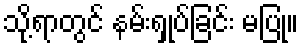
သို့ရာတွင် နမ်းရှုပ်ခြင်း မပြု။